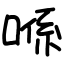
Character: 喺